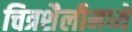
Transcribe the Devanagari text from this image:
चित्रशैलीमध्ये